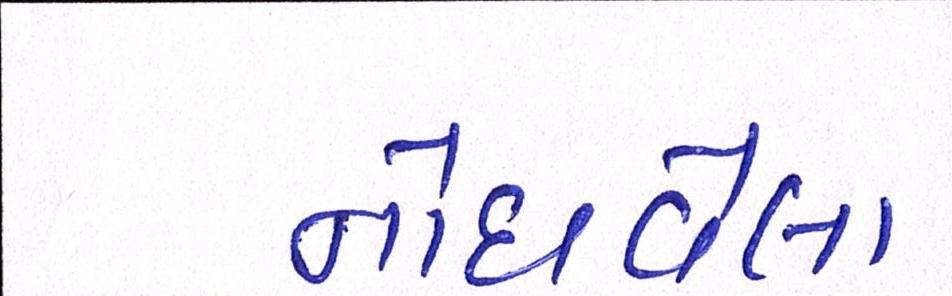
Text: નોંધાવેલા